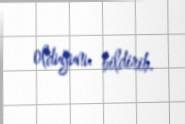
olduğunu bildirib.